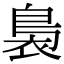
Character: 裊